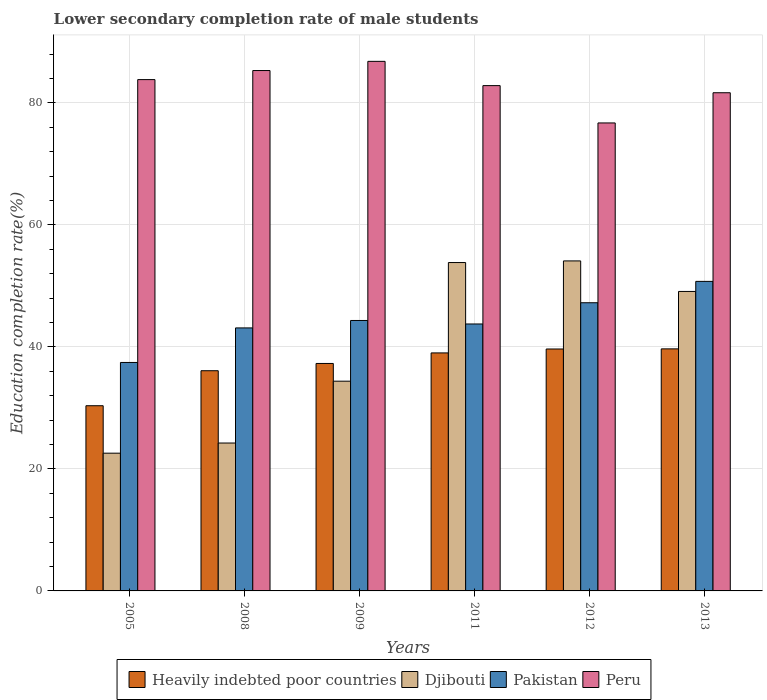
| Years | Heavily indebted poor countries | Djibouti | Pakistan | Peru |
 | --- | --- | --- | --- | --- |
 | 2005 | 30.4 | 22.6 | 37.4 | 83.8 |
 | 2008 | 36.1 | 24.2 | 43.1 | 85.3 |
 | 2009 | 37.3 | 34.4 | 44.3 | 86.8 |
 | 2011 | 39 | 53.8 | 43.8 | 82.8 |
 | 2012 | 39.7 | 54.1 | 47.2 | 76.7 |
 | 2013 | 39.7 | 49.1 | 50.7 | 81.7 |